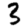
Digit: 3